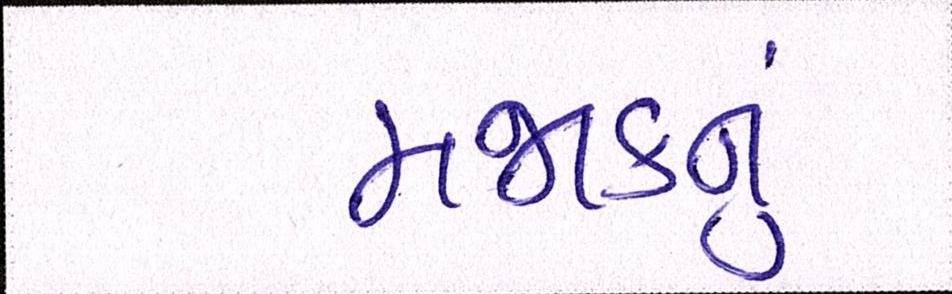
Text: મજાકનું